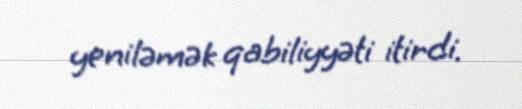
yeniləmək qabiliyyəti itirdi.